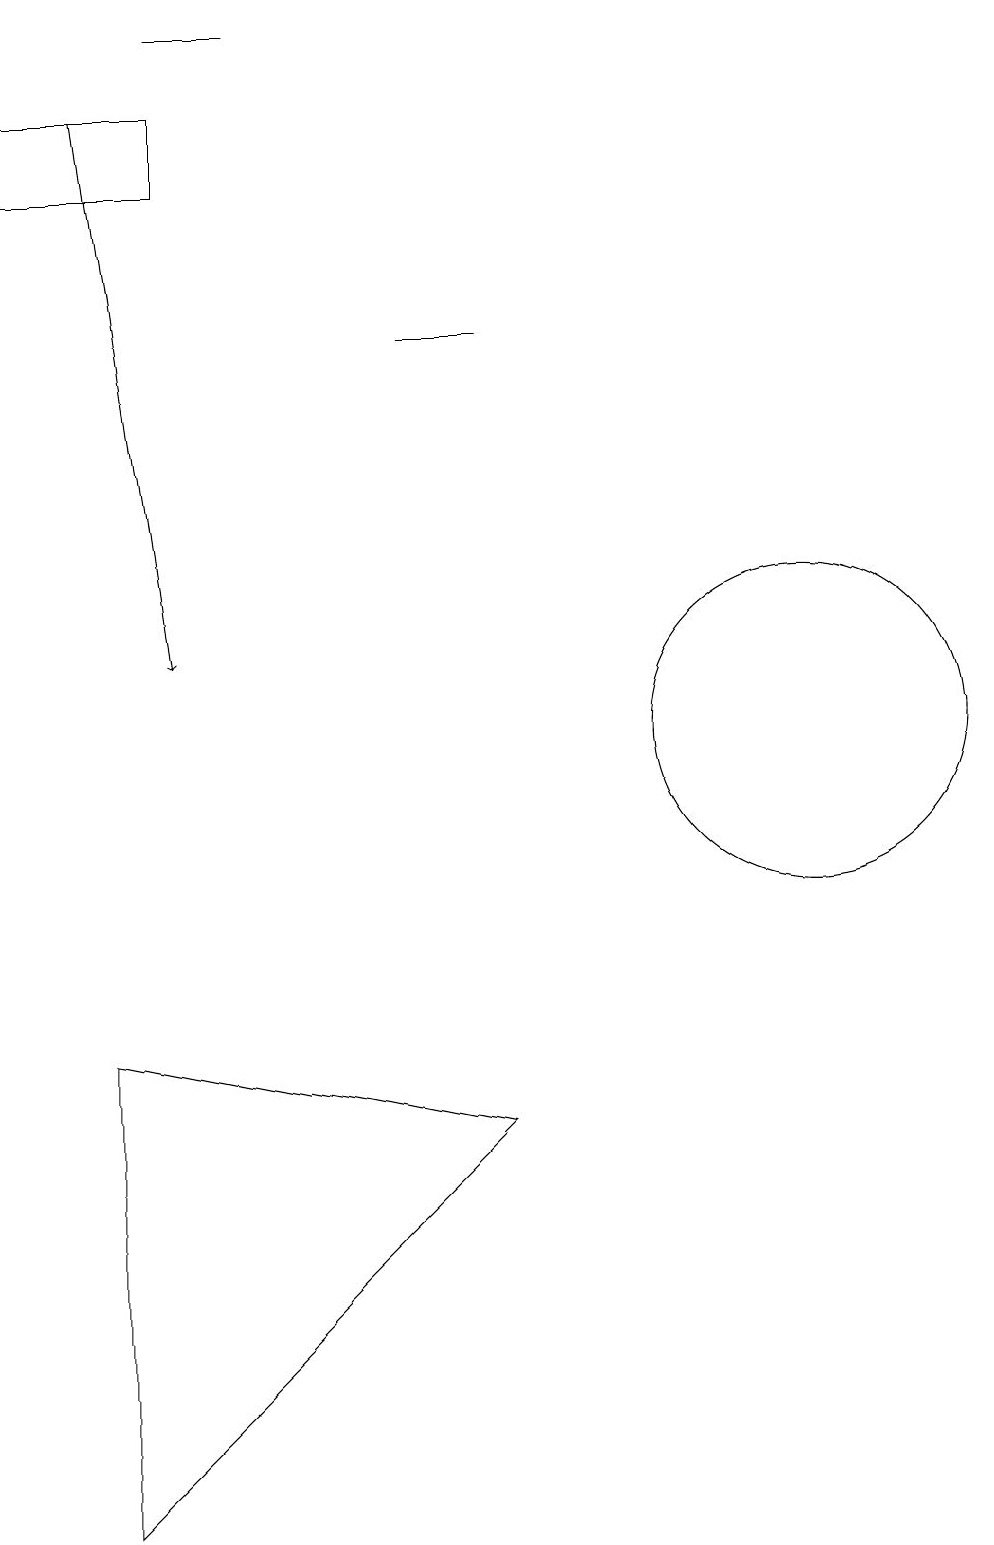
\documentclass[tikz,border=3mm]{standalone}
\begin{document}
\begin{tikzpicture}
\draw (3,6) -- (3,0) -- (8,5) -- cycle;
\draw (4,18) rectangle (2,17);
\draw[->] (3,18) -- (4,11);
\draw (8,15) rectangle (7,15);
\draw (11,11) circle (0);
\draw (12,10) circle (2);
\draw (5,19) rectangle (4,19);
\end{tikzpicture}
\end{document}